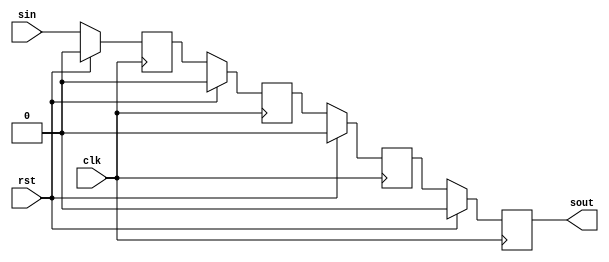
module siso (clk,rst,sin,sout);
input clk,rst,sin;
output sout;
reg q0,q1,q2,sout;
always@(negedge clk) begin
if(rst)begin
q0<=1'b0;
q1<=1'b0;
q2<=1'b0;
sout<=1'b0;
end
else begin
q0<=sin;
q1<=q0;
q2<=q1;
sout<=q2;
end
end
endmodule